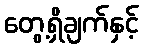
တွေ့ရှိချက်နှင့်